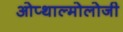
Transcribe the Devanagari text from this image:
ओप्थाल्मोलोजी